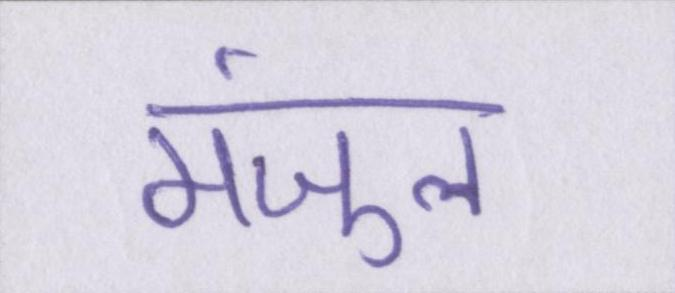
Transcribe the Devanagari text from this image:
मंजुल